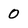
Character: 0